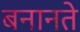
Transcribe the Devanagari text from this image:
बनानते